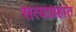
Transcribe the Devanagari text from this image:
सत्याग्रहांत